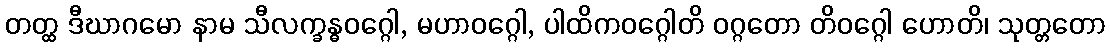
တတ္ထ ဒီဃာဂမော နာမ သီလက္ခန္ဓဝဂ္ဂေါ, မဟာဝဂ္ဂေါ, ပါထိကဝဂ္ဂေါတိ ဝဂ္ဂတော တိဝဂ္ဂေါ ဟောတိ၊ သုတ္တတော